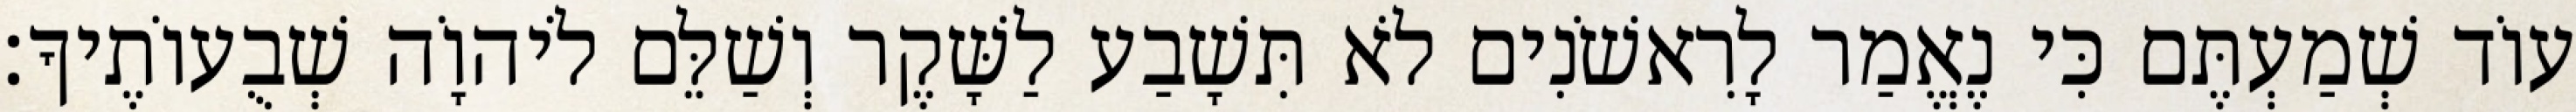
עוֹד שְׁמַעְתֶּם כִּי נֶאֱמַר לָרִאשֹׁנִים לֹא תִּשָׁבַע לַשָּׁקֶר וְשַׁלֵּם לֹיהוָֹה שְׁבֻעוֹתֶיךָ׃